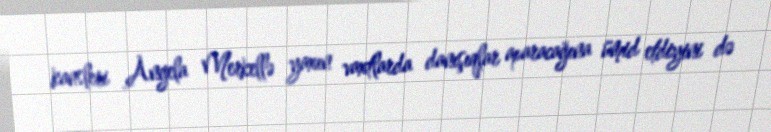
kansleri Angela Merkellə yaxın vaxtlarda danışıqlar aparacağına ümid etdiyini də